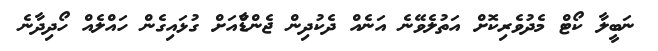
ނަބީލާ ކޯޓް މެދުވެރިކޮށް އަތުލެވޭނެ އަނެއް ދެކުދިން ޖެންޑާްއަށް ގުޅައިގެން ހައްލެއް ހޯދިދާނެ